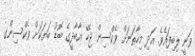
ވަނީ ލިބިފައެވެ. އަދި މިހާތަނަށް ވެކްސިން ޖެހޭ އާބާދީގެ ބޮޑު ބަޔަކަށް ވެކްސިންގ